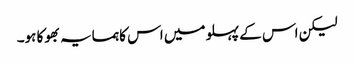
لیکن اس کے پہلو میں اس کا ہمسایہ بھوکا ہو۔